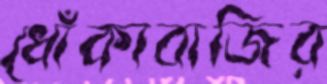
ধোঁকাবাজির